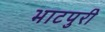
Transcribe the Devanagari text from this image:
भाटपुरी